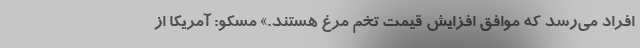
افراد می‌رسد که موافق افزایش قیمت تخم‌ مرغ هستند.» مسکو: آمریکا از